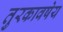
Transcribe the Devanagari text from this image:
तुरकावषेय